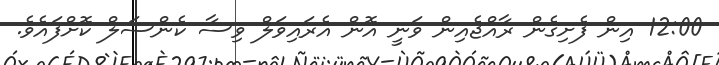
12:00 އިން ފެށިގެން ރާއްޖެއިން ވަނީ އޮން އެރައިވަލް ވިސާ ކެންސަލް ކޮށްފައެވެ.